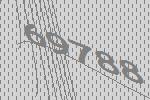
69788